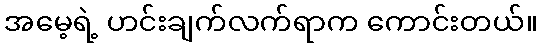
အမေ့ရဲ့ ဟင်းချက်လက်ရာက ကောင်းတယ်။